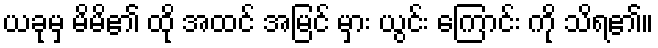
ယခုမှ မိမိ၏ ထို အထင် အမြင် မှား ယွင်း ကြောင်း ကို သိရ၏။